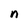
Character: n